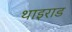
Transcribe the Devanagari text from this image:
थाइराड